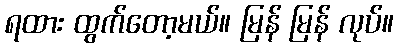
ရထား ထွက်တော့မယ်။ မြန် မြန် လုပ်။